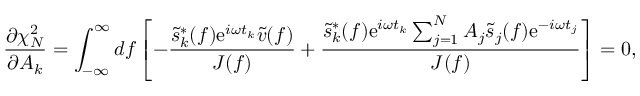
\frac { \partial \chi _ { N } ^ { 2 } } { \partial A _ { k } } = \int _ { - \infty } ^ { \infty } \mathop { d f } \left[ - \frac { \tilde { s } _ { k } ^ { * } ( f ) \mathrm { e } ^ { i \omega t _ { k } } \tilde { v } ( f ) } { J ( f ) } + \frac { \tilde { s } _ { k } ^ { * } ( f ) \mathrm { e } ^ { i \omega t _ { k } } \sum _ { j = 1 } ^ { N } A _ { j } \tilde { s } _ { j } ( f ) \mathrm { e } ^ { - i \omega t _ { j } } } { J ( f ) } \right] = 0 ,